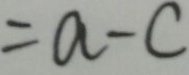
= a - c